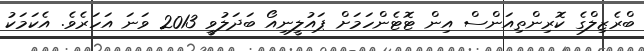
ބްރެޒިލްގެ ކޮރިންތިއަންސް އިން ޓޮޓެންހަމަށް ޕައުލީނިއޯ ބަދަލުވީ 2013 ވަނަ އަހަރެވެ. އެކަމަކު